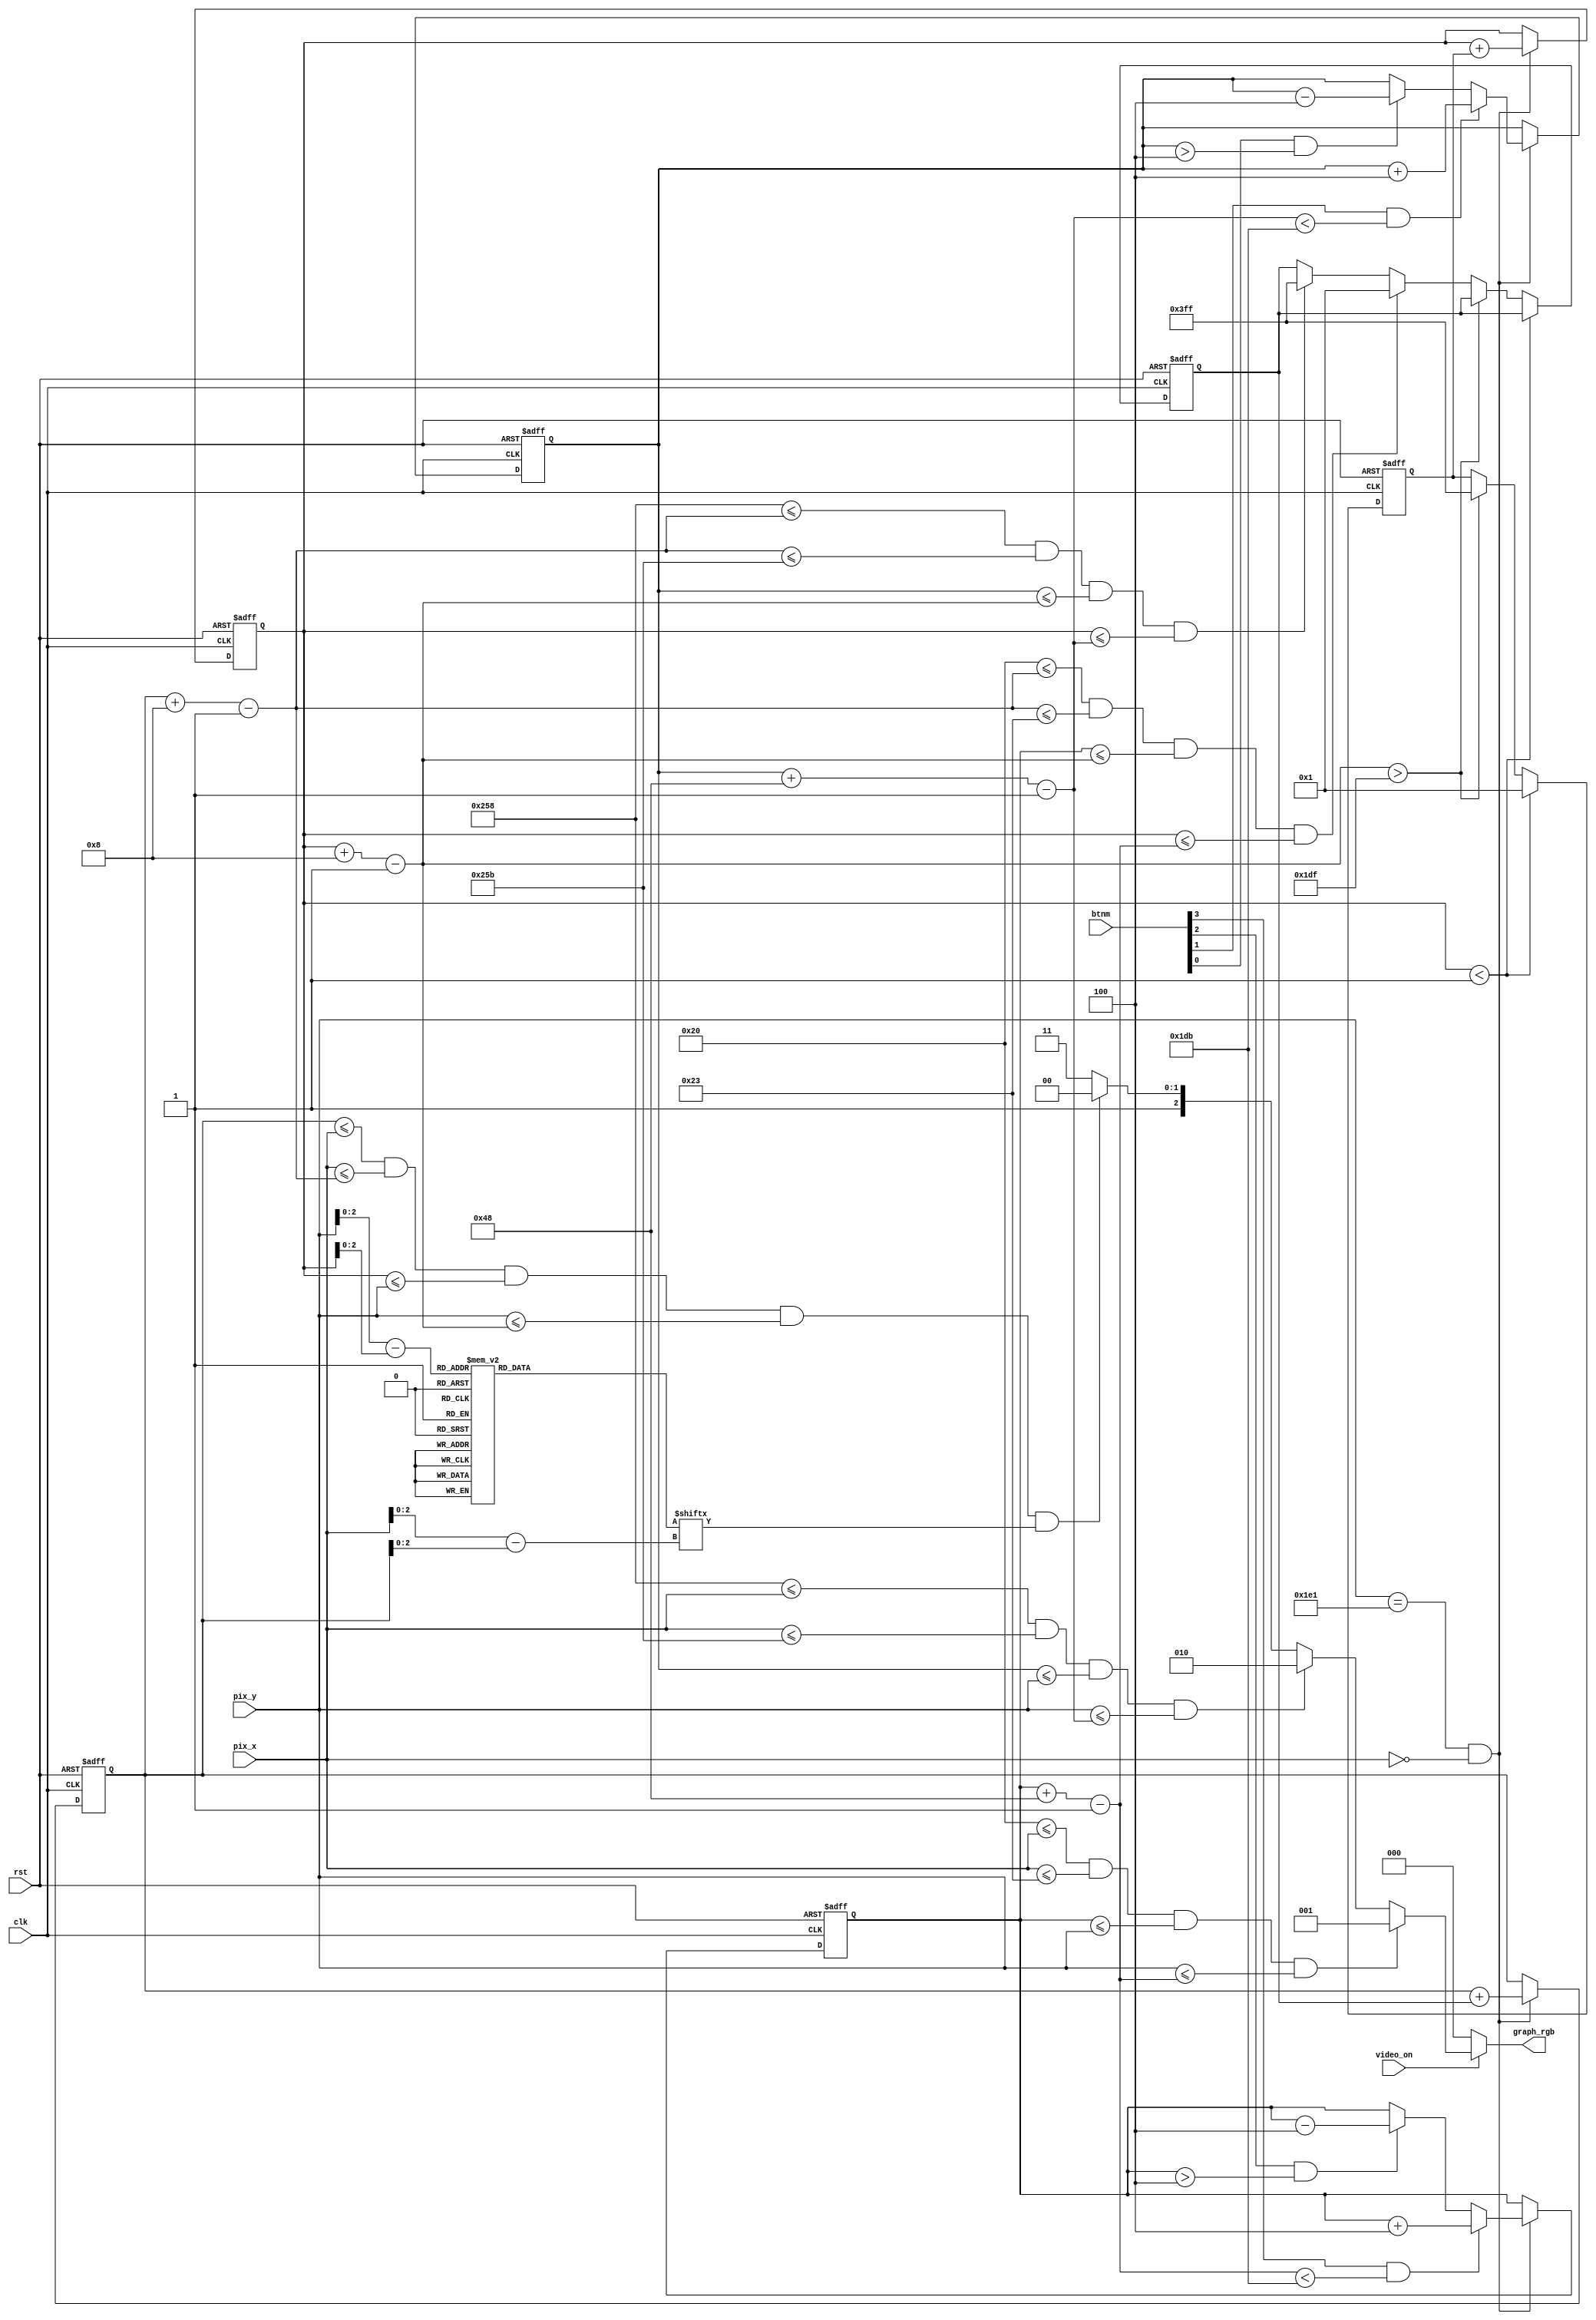
//took from FPGA Prototyping By Verilog Examples

//modified for two players

module pong_graph_animate(
	input clk, rst,
	input video_on,
	input [3:0] btnm,
	input [9:0] pix_x, pix_y,
	
	output reg [2:0] graph_rgb
	);
	
	localparam MAX_X = 640;
	localparam MAX_Y = 480;
	wire refr_tick;
	
	//left bar, right boundary
	localparam LEFT_BAR_X_L = 32;
	localparam LEFT_BAR_X_R = 35;
	wire [9:0] left_bar_y_t, left_bar_y_b;
	
	//right vertical bar
	//----------------------------
	
	//bar left, right boundary
	localparam RIGHT_BAR_X_L = 600;
	localparam RIGHT_BAR_X_R = 603;
	//bar top, bottom boundary
	wire [9:0] right_bar_y_t, right_bar_y_b;
	localparam BAR_Y_SIZE = 72;
	
	// register to track top boundary (x position is fixed)
	reg [9:0] right_bar_y_reg, right_bar_y_next;
	reg [9:0] left_bar_y_reg, left_bar_y_next;
	// bar moving velocity when a button is pressed
	localparam BAR_V = 4;
	
	//--------------------------------
	//square ball
	//--------------------------------
	
	localparam BALL_SIZE = 8;
	//ball left, right boundary
	wire [9:0] ball_x_l, ball_x_r;
	//ball top, bottom boundary
	wire [9:0] ball_y_t, ball_y_b;
	//reg to track left, top position
	reg [9:0] ball_x_reg, ball_y_reg;
	wire [9:0] ball_x_next, ball_y_next;
	//reg to track ball speed
	reg [9:0] x_delta_reg, x_delta_next;
	reg [9:0] y_delta_reg, y_delta_next;
	//ball velocity can be positive or negative
	localparam BALL_V_P = 1;
	localparam BALL_V_N = -1;
	
	//--------------------------------
	//round ball
	//--------------------------------
	wire [2:0] rom_addr, rom_col;
	reg [7:0] rom_data;
	wire rom_bit;
	
	//--------------------------------
	// object output signals
	//--------------------------------
	wire left_bar_on, right_bar_on, sq_ball_on, rd_ball_on;
	wire [2:0] left_bar_rgb, right_bar_rgb, ball_rgb;
	
	//main body
	//--------------------------------
	//round ball image ROM
	//--------------------------------
	always @*
	case(rom_addr)
		3'h0:	rom_data	= 8'b00_1111_00; //  ****
		3'h1:	rom_data	= 8'b01_1111_10; // ******
		3'h2:	rom_data	= 8'b11_1111_11; //********
		3'h3:	rom_data	= 8'b11_1111_11; //********
		3'h4:	rom_data	= 8'b11_1111_11; //********
		3'h5:	rom_data	= 8'b11_1111_11; //********
		3'h6:	rom_data	= 8'b01_1111_10; // ******
		3'h7:	rom_data	= 8'b00_1111_00; //  ****
	endcase
	
	//registers
	always @ (posedge clk, posedge rst)
	begin
		if(rst)
			begin
				left_bar_y_reg <= 0;
				right_bar_y_reg	<= 0;
				ball_x_reg	<= 0;
				ball_y_reg	<= 0;
				x_delta_reg	<= 10'h004;
				y_delta_reg <= 10'h004;
			end
		else
			begin
				left_bar_y_reg <= left_bar_y_next;
				right_bar_y_reg	<= right_bar_y_next;
				ball_x_reg	<= ball_x_next;
				ball_y_reg	<= ball_y_next;
				x_delta_reg <= x_delta_next;
				y_delta_reg <= y_delta_next;
			end
	end
	
	//refr_tick: l-clock tick asserted at start of v-sync
	//		i.e., when the screen is refteshed (60 Hz)
	assign refr_tick  = (pix_y == 481) && (pix_x == 0);
	
	//---------------------------
	// left vertical bar
	//---------------------------
	assign left_bar_y_t = left_bar_y_reg;
	assign left_bar_y_b = left_bar_y_t + BAR_Y_SIZE - 1;
	//pixel within left bar
	assign left_bar_on = (LEFT_BAR_X_L <= pix_x) && (pix_x <= LEFT_BAR_X_R) &&
					(left_bar_y_t <= pix_y) && (pix_y <= left_bar_y_b);
	//left bar rgb output
	assign left_bar_rgb = 3'b001; //blue
	
	//--------------------------
	//right vertical bar
	//--------------------------
	//boundary
	assign right_bar_y_t = right_bar_y_reg;
	assign right_bar_y_b = right_bar_y_t + BAR_Y_SIZE - 1;
	//pixel within right bar
	assign right_bar_on = (RIGHT_BAR_X_L <= pix_x) && (pix_x <= RIGHT_BAR_X_R) &&
					(right_bar_y_t <= pix_y) && (pix_y <= right_bar_y_b);
	//right bar rgb output
	assign right_bar_rgb = 3'b010;	//green
	
	//new left bar y-position
	always @*
	begin
		left_bar_y_next = left_bar_y_reg; //no move
		if (refr_tick)
			if (btnm[3] & (left_bar_y_b < (MAX_Y - 1 - BAR_V)))
				left_bar_y_next = left_bar_y_reg + BAR_V; // move down left bar
			else if (btnm[2] & (left_bar_y_t > BAR_V))
				left_bar_y_next = left_bar_y_reg - BAR_V; // move up left bar
	end
	
	//new right bar y-position
	always @*
	begin
		right_bar_y_next = right_bar_y_reg; //no move
		if (refr_tick)
			if (btnm[1] & (right_bar_y_b < (MAX_Y - 1 - BAR_V)))
				right_bar_y_next = right_bar_y_reg + BAR_V; //move down
			else if (btnm[0] & (right_bar_y_t > BAR_V))
				right_bar_y_next = right_bar_y_reg - BAR_V; //move up
	end
	
	//------------------------
	//square ball
	//------------------------
	//boundary
	assign ball_x_l = ball_x_reg;
	assign ball_y_t = ball_y_reg;
	assign ball_x_r = ball_x_l + BALL_SIZE - 1;
	assign ball_y_b = ball_y_t + BALL_SIZE - 1;
	//pixel within ball
	assign sq_ball_on = 
				(ball_x_l <= pix_x) && (pix_x <= ball_x_r) &&
				(ball_y_t <= pix_y) && (pix_y <= ball_y_b);
	//map current pixel location to ROM address/column
	assign rom_addr = pix_y[2:0] - ball_y_t[2:0];
	assign rom_col = pix_x[2:0] - ball_x_l[2:0];
	assign rom_bit = rom_data[rom_col];
	//pixel within ball
	assign rd_ball_on = sq_ball_on & rom_bit;
	//ball rgb output
	assign ball_rgb = 3'b100;
	//new ball position
	assign ball_x_next = (refr_tick) ? ball_x_reg + x_delta_reg :
						ball_x_reg;
	assign ball_y_next = (refr_tick) ? ball_y_reg + y_delta_reg :
						ball_y_reg;
	//new ball belocity
	always @*
	begin
		x_delta_next = x_delta_reg;
		y_delta_next = y_delta_reg;
		if (ball_y_t < 1) // reach top
			y_delta_next = BALL_V_P;
		else if (ball_y_b > (MAX_Y - 1))
			y_delta_next = BALL_V_N;
		else if ((LEFT_BAR_X_L <= ball_x_r) && (ball_x_r <= LEFT_BAR_X_R) &&
				(left_bar_y_t <= ball_y_b) && (ball_y_t <= left_bar_y_b))
			x_delta_next = BALL_V_P;
		//reach x of left bar and hit, ball bounce back
		else if ((RIGHT_BAR_X_L <= ball_x_r) && (ball_x_r <= RIGHT_BAR_X_R) &&
				(right_bar_y_t <= ball_y_b) && (ball_y_t <= right_bar_y_b))
		//reach x of right bar and hit, ball bounce back
			x_delta_next = BALL_V_N;
	end
	
	//---------------------------
	//rgb multiplexing circuit
	//---------------------------
	always @*
		if (~video_on)
			graph_rgb = 3'b000; // blank
		else
			if (left_bar_on)
				graph_rgb = left_bar_rgb;
			else if (right_bar_on)
				graph_rgb = right_bar_rgb;
			else if (rd_ball_on)
				graph_rgb = ball_rgb;
			else
				graph_rgb = 3'b111; //white background

endmodule